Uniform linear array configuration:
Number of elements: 24
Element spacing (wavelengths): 1
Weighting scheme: cosine
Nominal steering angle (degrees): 15
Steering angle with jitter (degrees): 14.078
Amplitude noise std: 0.05
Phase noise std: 0.05

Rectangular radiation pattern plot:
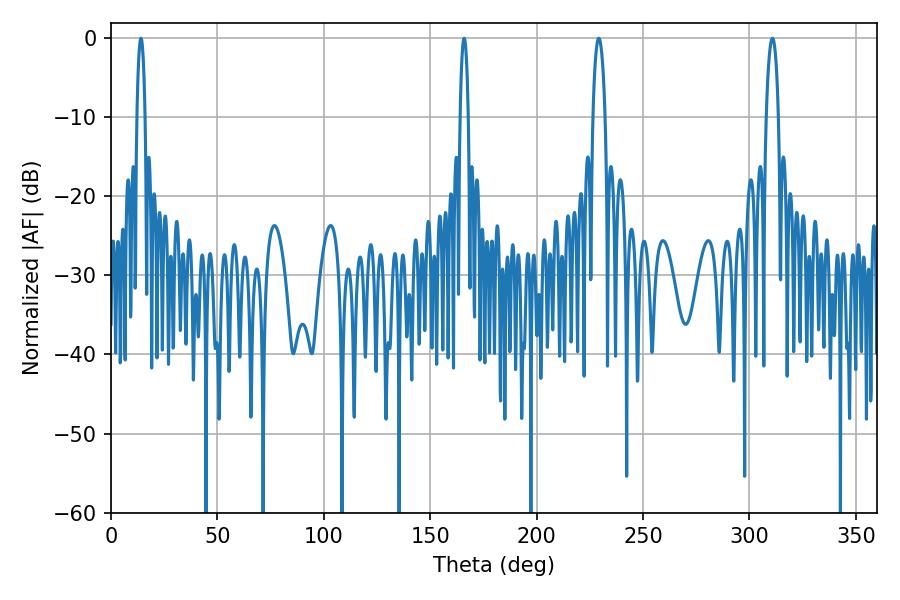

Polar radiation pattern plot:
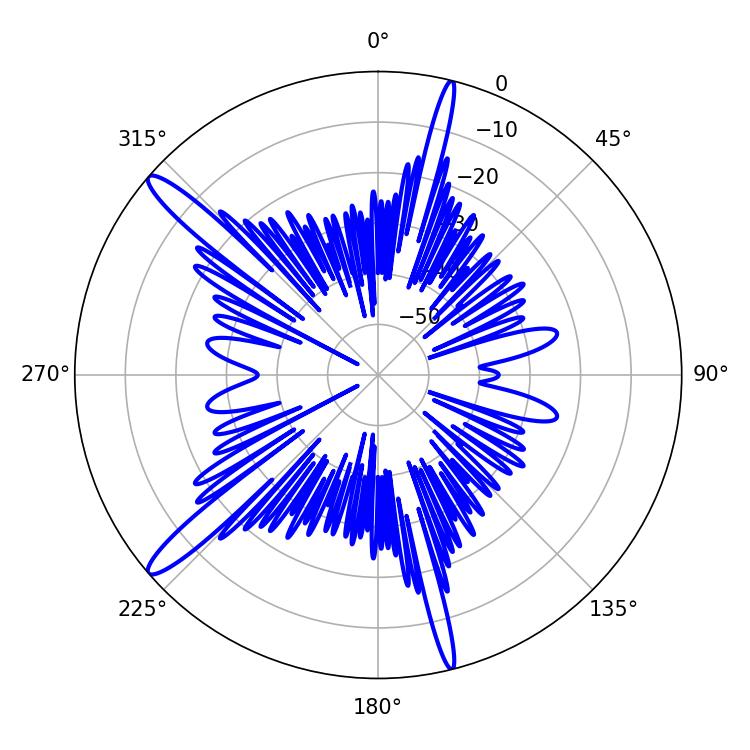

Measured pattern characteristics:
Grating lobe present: TRUE
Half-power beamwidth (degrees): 2.16
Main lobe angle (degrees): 14.04